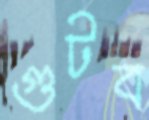
গুটব